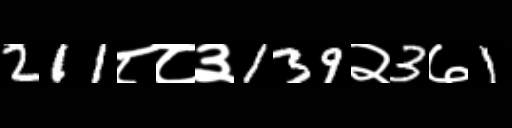
Text: 211८८३139२3७1